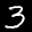
Label: 3